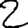
Digit: 2